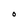
Character: O